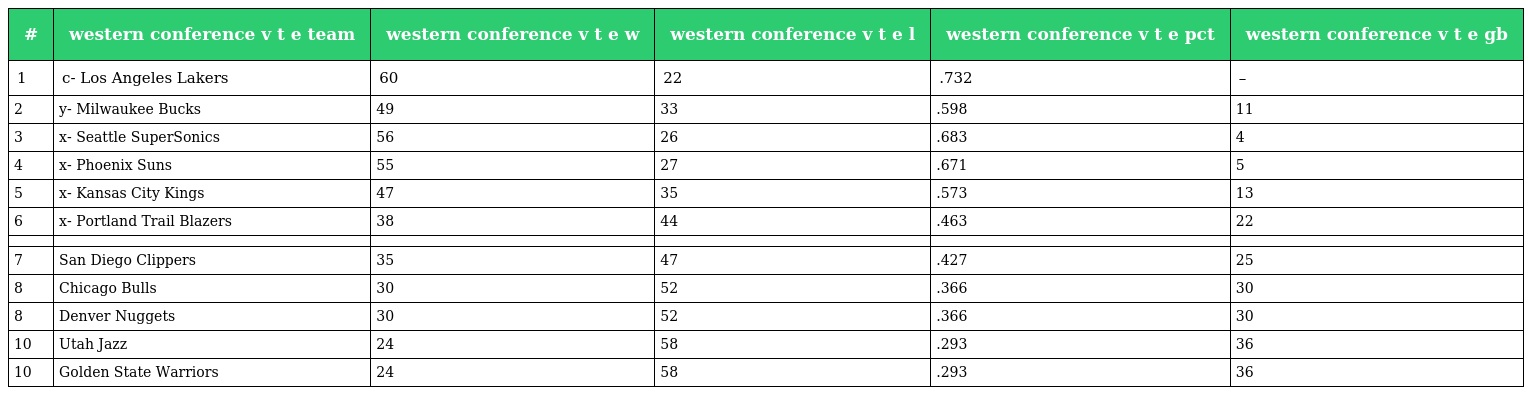
| # | western conference v t e team | western conference v t e w | western conference v t e l | western conference v t e pct | western conference v t e gb |
 | --- | --- | --- | --- | --- | --- |
 | 1 | c- Los Angeles Lakers | 60 | 22 | .732 | – |
 | 2 | y- Milwaukee Bucks | 49 | 33 | .598 | 11 |
 | 3 | x- Seattle SuperSonics | 56 | 26 | .683 | 4 |
 | 4 | x- Phoenix Suns | 55 | 27 | .671 | 5 |
 | 5 | x- Kansas City Kings | 47 | 35 | .573 | 13 |
 | 6 | x- Portland Trail Blazers | 38 | 44 | .463 | 22 |
 |  |  |  |  |  |  |
 | 7 | San Diego Clippers | 35 | 47 | .427 | 25 |
 | 8 | Chicago Bulls | 30 | 52 | .366 | 30 |
 | 8 | Denver Nuggets | 30 | 52 | .366 | 30 |
 | 10 | Utah Jazz | 24 | 58 | .293 | 36 |
 | 10 | Golden State Warriors | 24 | 58 | .293 | 36 |